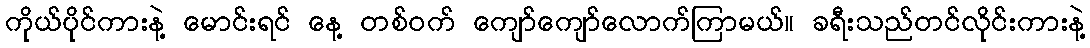
ကိုယ်ပိုင်ကားနဲ့ မောင်းရင် နေ့ တစ်ဝက် ကျော်ကျော်လောက်ကြာမယ်။ ခရီးသည်တင်လိုင်းကားနဲ့